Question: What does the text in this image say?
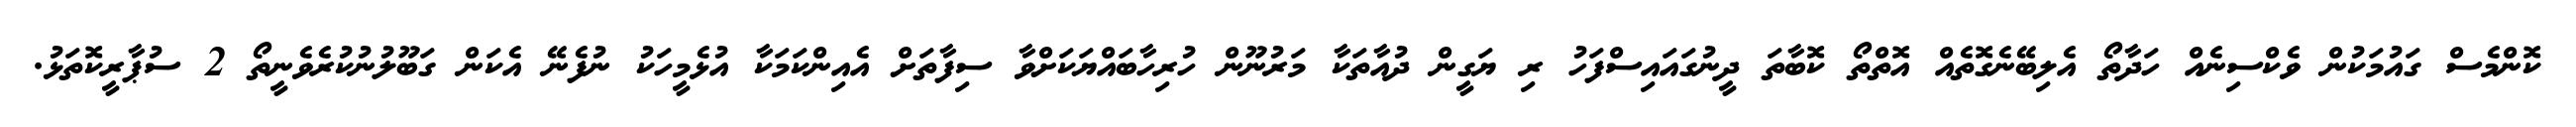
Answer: ކޮންމެސް ގައުމަކުން ވެކްސިނެއް ހަދާތޯ އެލިބޭނެގޮތެއް އޮތްތޯ ކޮބާތަ ދީނުގައައިސްފަހު ރި ޔަގީން ދުއާތަކާ މަރުނޫން ހުރިހާބައްޔަކަށްވާ ސިފާތަށް އެއިންކަމަކާ އުޅެމީހަކު ނުފެނޭ އެކަން ގަބޫލުނުކުރެވެނީތޯ 2 ސުޕާރީކޮތަޅު.